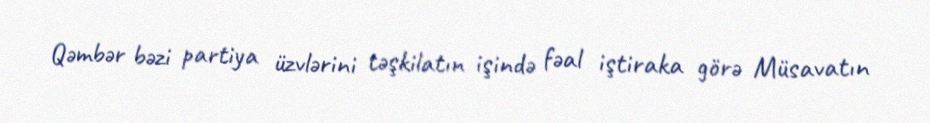
Qəmbər bəzi partiya üzvlərini təşkilatın işində fəal iştiraka görə Müsavatın